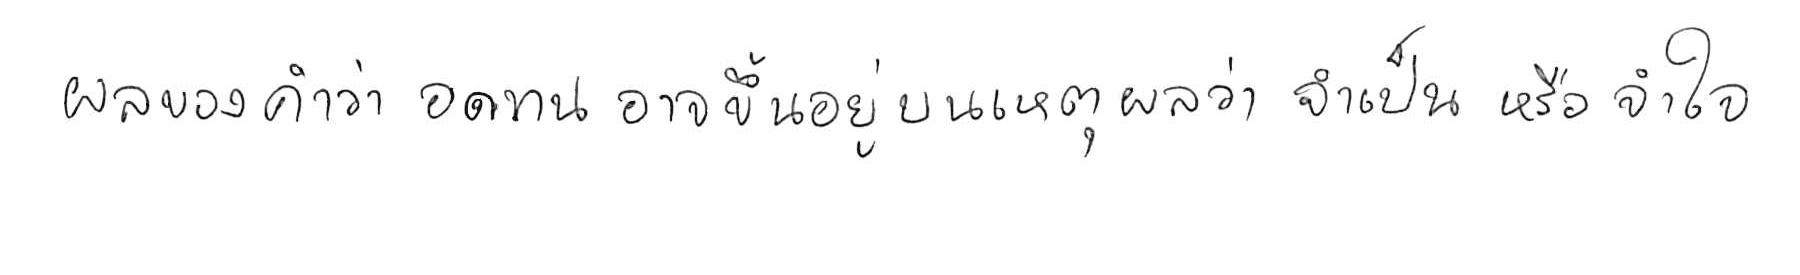
ผลของคำว่า อดทน อาจขึ้นอยู่บนเหตุผลว่า จำเป็น หรือ จำใจ